Source: Handwritten
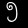
Digit: ၅ (5)